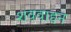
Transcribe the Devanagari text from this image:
शववाहन